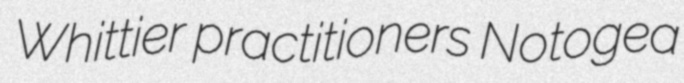
Whittier practitioners Notogea